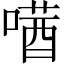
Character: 𫫛